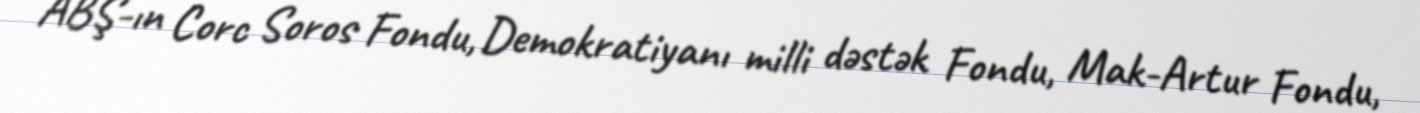
ABŞ-ın Corc Soros Fondu, Demokratiyanı milli dəstək Fondu, Mak-Artur Fondu,